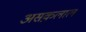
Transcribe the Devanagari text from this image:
असक़लाल